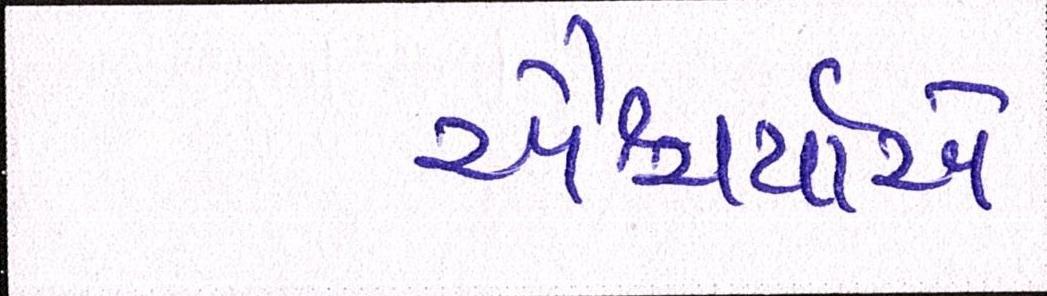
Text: ઐશ્વર્યાએ